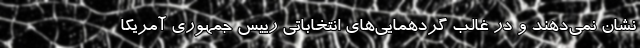
نشان نمی‌دهند و در غالب گردهمایی‌های انتخاباتی رییس جمهوری آمریکا